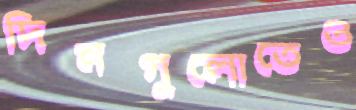
দিনগুলোতেও